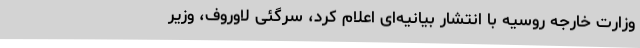
وزارت خارجه روسیه با انتشار بیانیه‌ای اعلام کرد، سرگئی لاوروف، وزیر